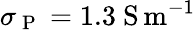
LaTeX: \sigma_{\mathrm{~P~}}=1.3\ \mathrm{S\, m^{-1}}